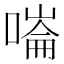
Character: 𠼩